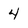
Character: 4